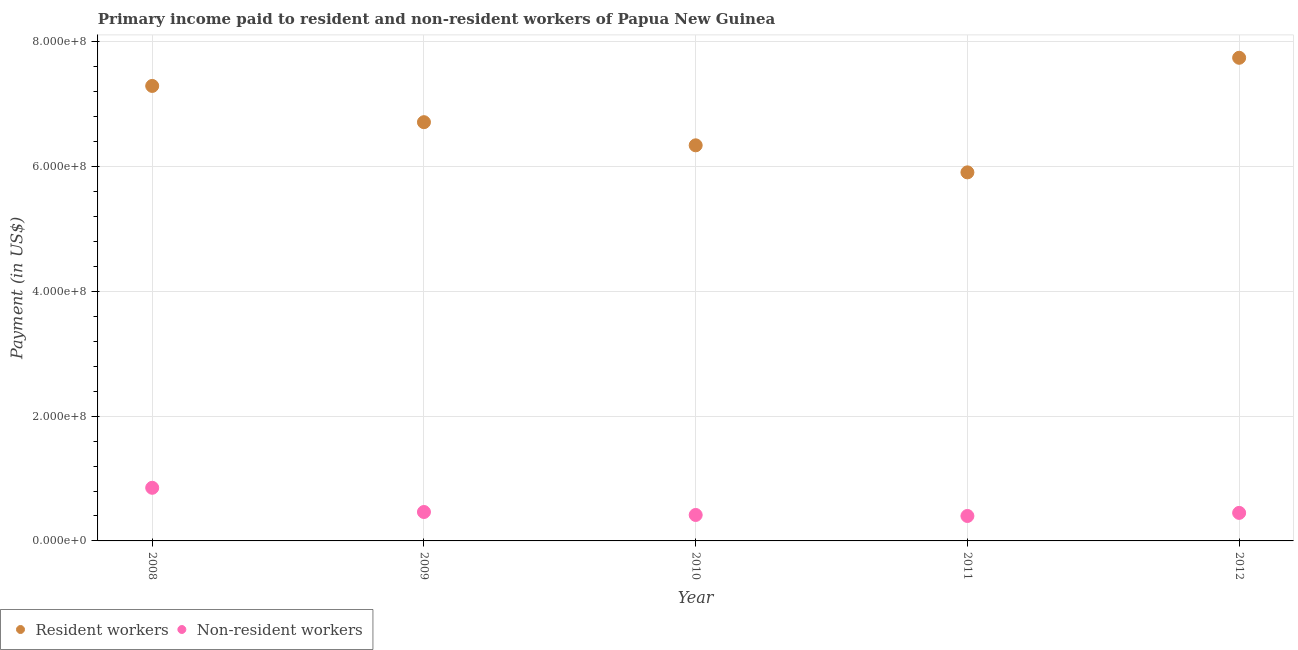
| Year | Resident workers | Non-resident workers |
 | --- | --- | --- |
 | 2008 | 7.29e+08 | 8.51e+07 |
 | 2009 | 6.71e+08 | 4.63e+07 |
 | 2010 | 6.34e+08 | 4.16e+07 |
 | 2011 | 5.91e+08 | 4e+07 |
 | 2012 | 7.74e+08 | 4.49e+07 |